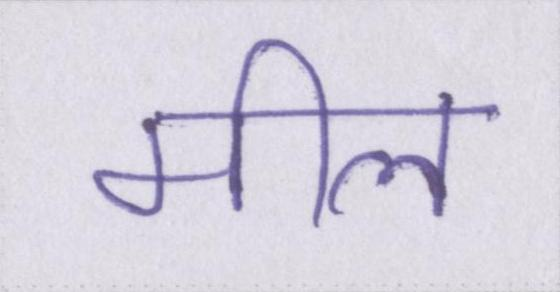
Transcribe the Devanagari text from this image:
मील